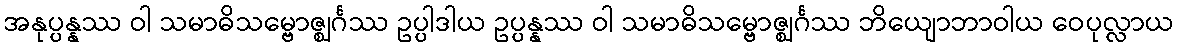
အနုပ္ပန္နဿ ဝါ သမာဓိသမ္ဗောဇ္ဈင်္ဂဿ ဥပ္ပါဒါယ ဥပ္ပန္နဿ ဝါ သမာဓိသမ္ဗောဇ္ဈင်္ဂဿ ဘိယျောဘာဝါယ ဝေပုလ္လာယ